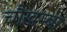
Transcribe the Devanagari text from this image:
चाैखम्बा